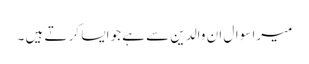
میرا سوال ان والدین سے ہے جو ایسا کر تے ہیں ۔